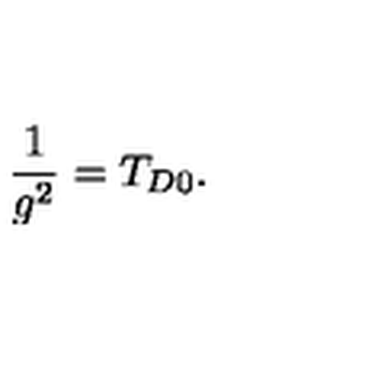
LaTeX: \frac { 1 } { g ^ { 2 } } = T _ { D 0 } .